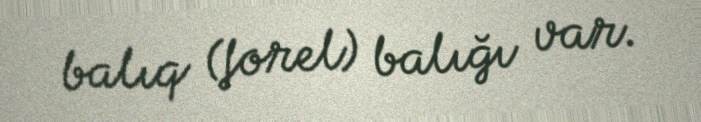
balıq (forel) balığı var.